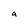
Character: a